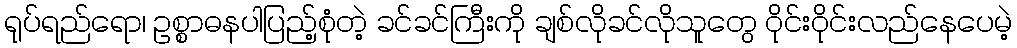
ရုပ်ရည်ရော၊ ဥစ္စာဓနပါပြည့်စုံတဲ့ ခင်ခင်ကြီးကို ချစ်လိုခင်လိုသူတွေ ဝိုင်းဝိုင်းလည်နေပေမဲ့